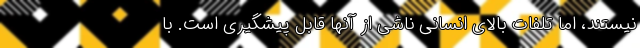
نیستند، اما تلفات بالای انسانی ناشی از آنها قابل پیشگیری است. با